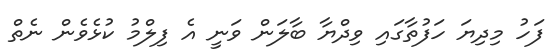
ފަހު މިދިޔަ ހަފުތާގައި ވިދްޔާ ބާލަން ވަނީ އެ ފިލްމު ކުޅެވެން ނެތް